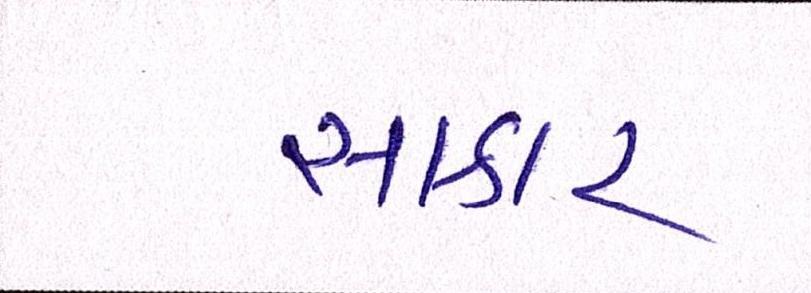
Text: સાકાર